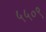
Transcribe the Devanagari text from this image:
५५०९